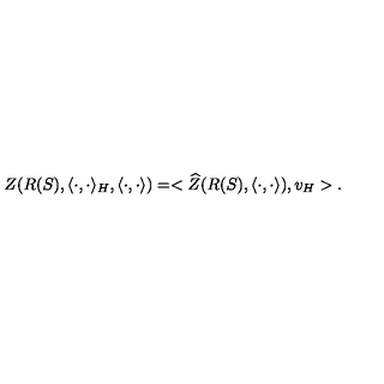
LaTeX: Z ( R ( S ) , \langle \cdot , \cdot \rangle _ { H } , \langle \cdot , \cdot \rangle ) = < \widehat { Z } ( R ( S ) , \langle \cdot , \cdot \rangle ) , v _ { H } > .